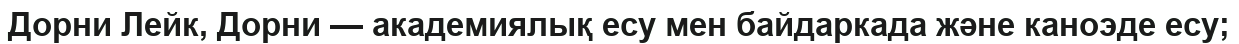
Дорни Лейк, Дорни — академиялық есу мен байдаркада және каноэде есу;